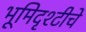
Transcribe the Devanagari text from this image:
भूमिदृश्टीचे